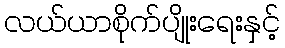
လယ်ယာစိုက်ပျိုးရေးနှင့်